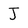
Character: J